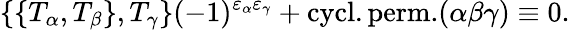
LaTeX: \{ \{ T_{\alpha},T_{\beta}\} ,T_{\gamma}\} (-1)^{\varepsilon_{\alpha}\varepsilon_{\gamma}}+\mathrm{cycl.perm.}(\alpha\beta\gamma)\equiv 0.